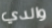
والدي